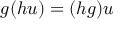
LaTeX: g ( h u ) = ( h g ) u